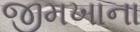
જીમખાના